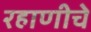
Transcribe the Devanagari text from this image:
रहाणीचे